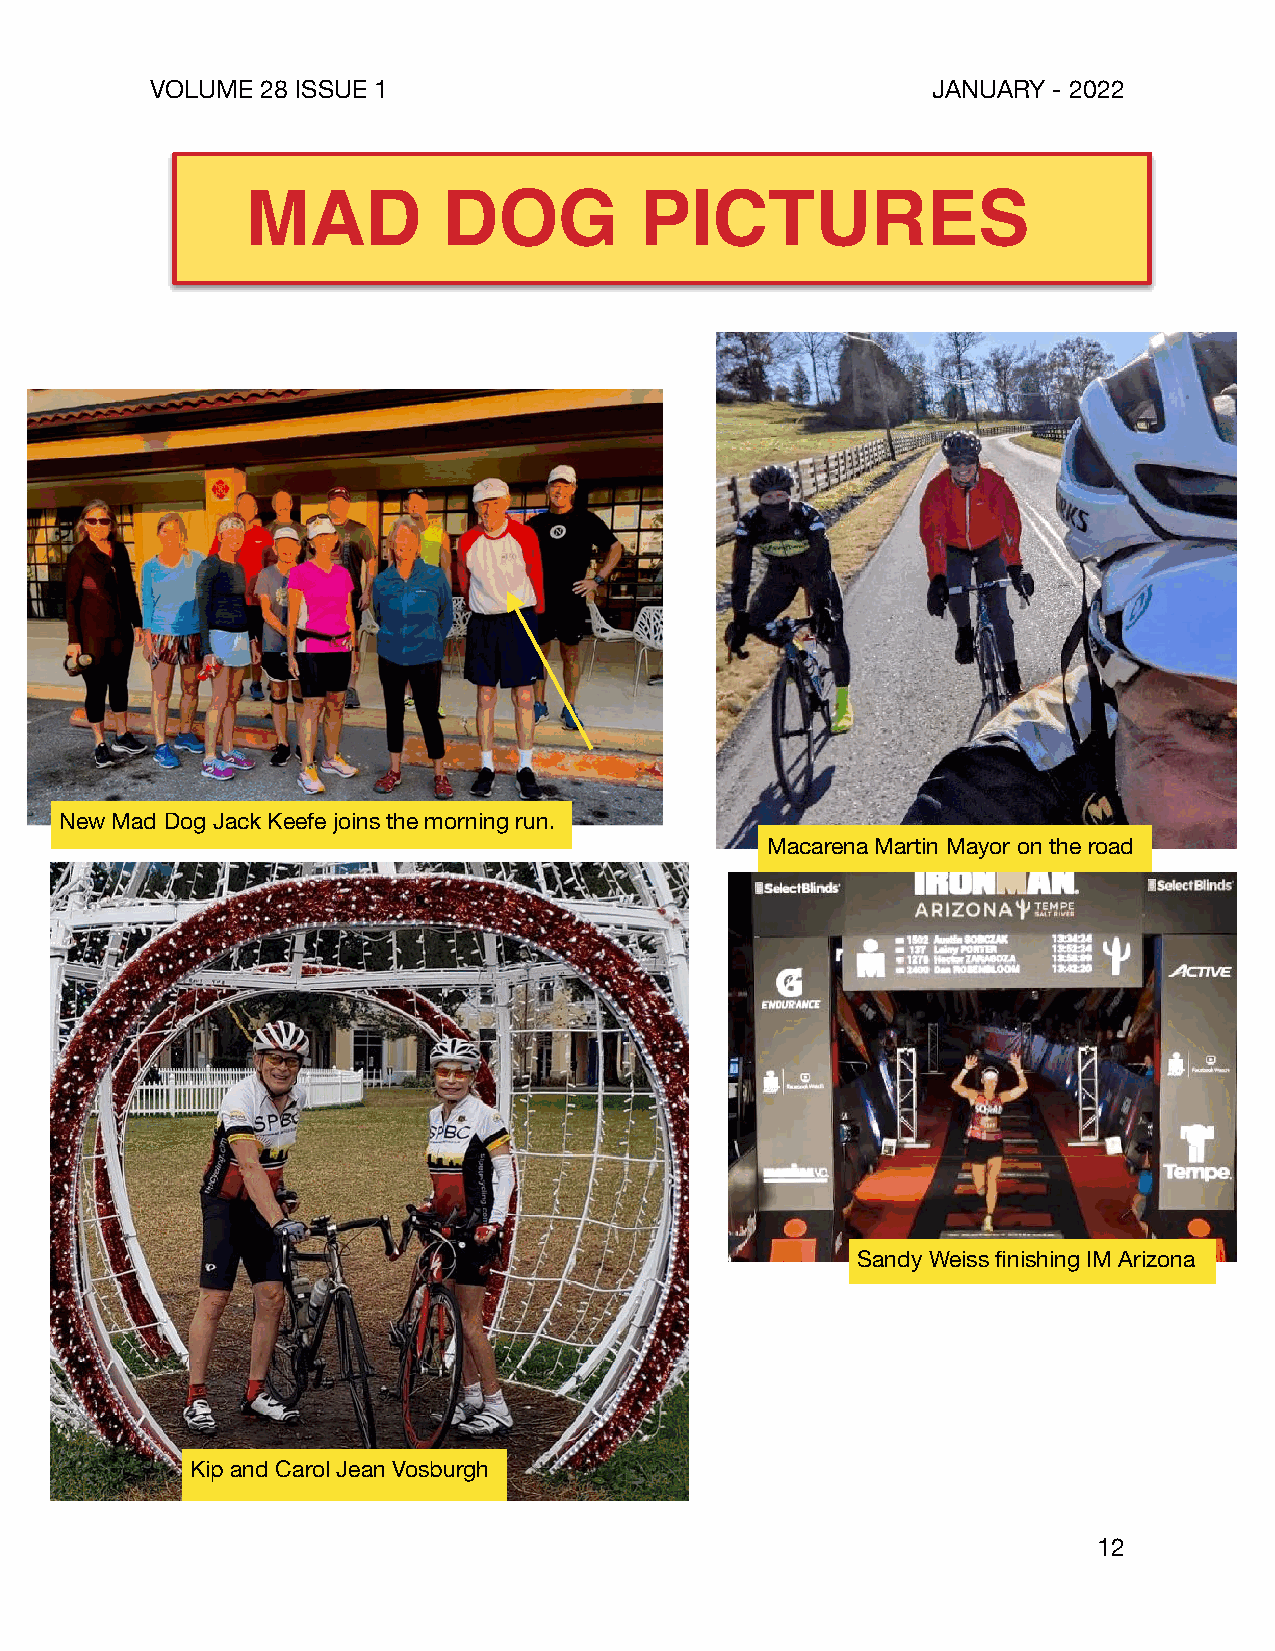
VOLUME 28 ISSUE 1                                   JANUARY - 2022
 MAD          DOG          PICTURES
 New Mad Dog Jack Keefe joins the morning run.
 Macarena Martin Mayor on the road
 Sandy Weiss finishing IM Arizona
 Kip and Carol Jean Vosburgh
 12